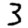
Digit: 3